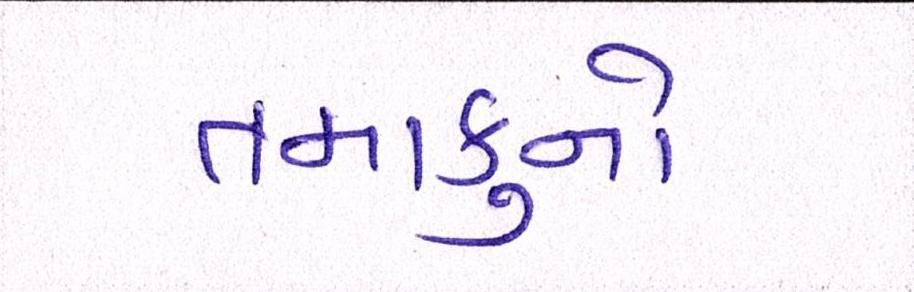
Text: તમાકુનો